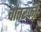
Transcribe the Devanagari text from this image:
चौतरफी